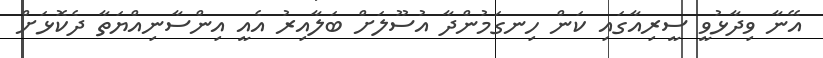
އޭނާ ވިދާޅުވީ ސީރިއާގައި ކަން ހިނގަމުންދާ އުސޫލަށް ބަލާއިރު އެއީ އިންސާނިއްޔަތާ ދެކޮޅަށް